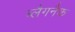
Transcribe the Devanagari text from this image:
ब्लैगनैक